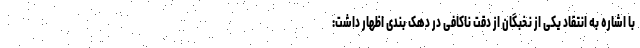
با اشاره به انتقاد یکی از نخبگان از دقت ناکافی در دهک بندی اظهار داشت: